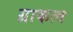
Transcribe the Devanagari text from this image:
ग्राकत्व